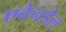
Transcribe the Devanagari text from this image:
एवेनडेल